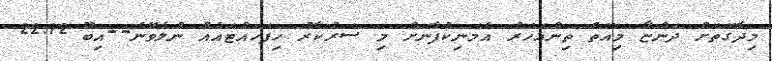
މިދާގޮތަށް ދަންޏާ މިއޮތް ތިންއަހަރު އެމަނިކުފާނަށް މި ސަރުކާރު ހިފަހައްޓައެއް ނުލެވޭނެ--އިބޫ 22.12